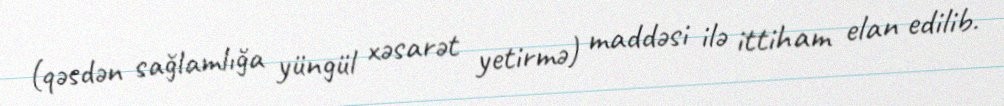
(qəsdən sağlamlığa yüngül xəsarət yetirmə) maddəsi ilə ittiham elan edilib.